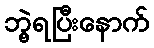
ဘွဲ့ရပြီးနောက်